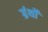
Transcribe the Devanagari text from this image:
ग्रंर्थों